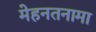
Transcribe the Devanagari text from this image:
मेहनतनामा